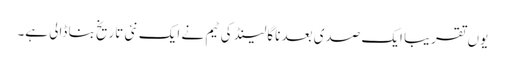
یوں تقریبا ایک صدی بعد ناگالینڈ کی ٹیم نے ایک نئی تاریخ بنا ڈالی ہے۔